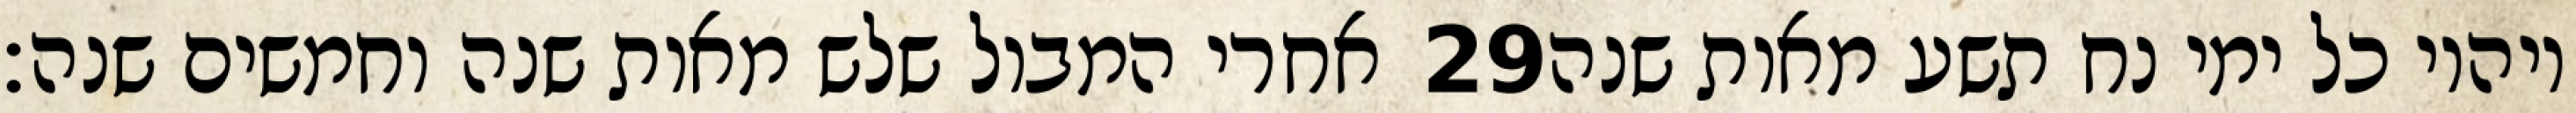
אחרי המבול שלש מאות שנה וחמשים שנה׃ ‎29‏ ויהיו כל ימי נח תשע מאות שנה